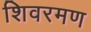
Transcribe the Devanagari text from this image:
शिवरमण